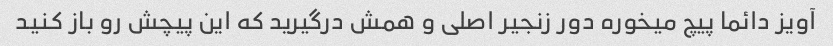
آویز دائما پیچ میخوره دور زنجیر اصلی و همش درگیرید که این پیچش رو باز کنید